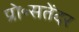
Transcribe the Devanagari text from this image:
प्रो॰सतेंदर